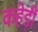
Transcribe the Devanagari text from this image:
कहेड़ी